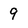
Character: 9